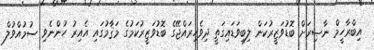
އިބްރާހީމް ނާޞިރަށް ބޮޑުވަޒީރުކަން ލިބިވަޑައިގަތީ ދިވެހިރައްޖޭގެ ބޮޑުވަޒީރުކަމުގެ މަޤާމުގައި އެއިރު ހުންނެވި ސުމުއްވުލް